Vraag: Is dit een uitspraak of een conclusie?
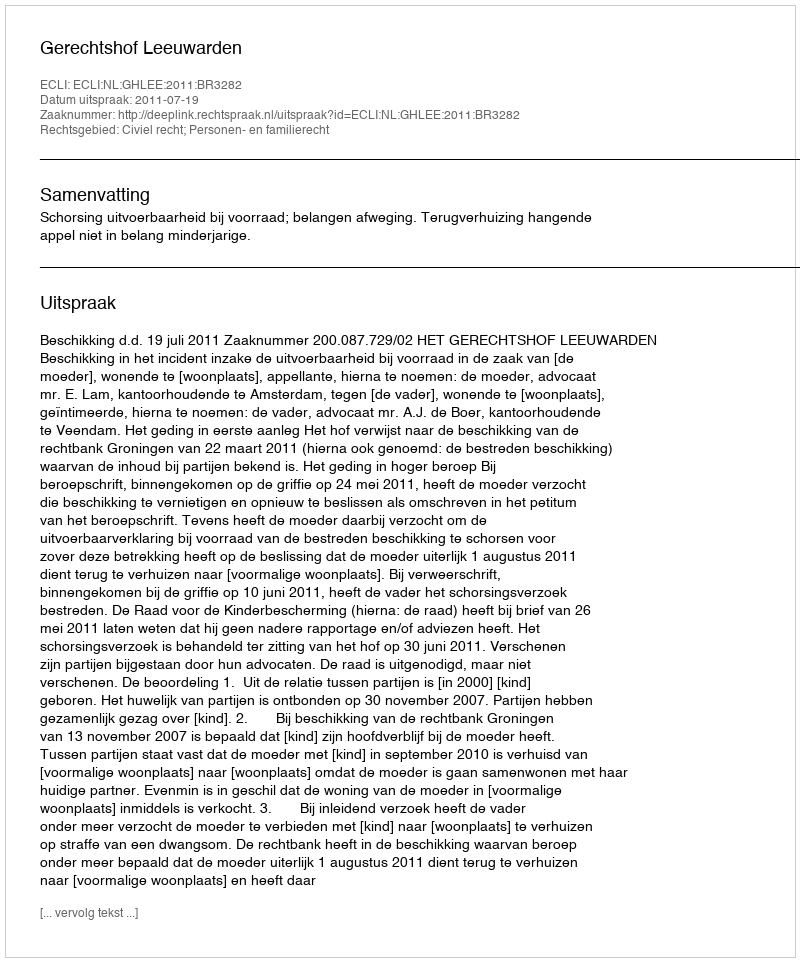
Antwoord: Uitspraak